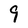
Character: 9